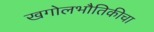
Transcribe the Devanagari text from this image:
खगोलभौतिकीचा